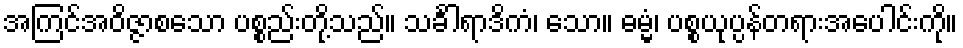
အကြင်အဝိဇ္ဇာစသော ပစ္စည်းတို့သည်။ သင်္ခါရာဒိကံ၊ သော။ ဓမ္မံ၊ ပစ္စယုပ္ပန်တရားအပေါင်းကို။